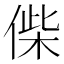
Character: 偨